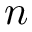
\boldsymbol { n }